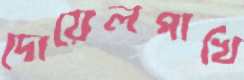
দোয়েলপাখি